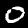
Digit: 0